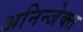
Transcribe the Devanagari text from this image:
अनिन्जेक्त